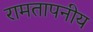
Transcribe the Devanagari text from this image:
रामतापनीय